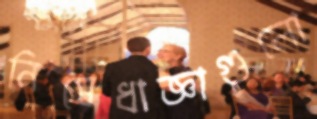
নিষেধাজ্ঞাগুলো